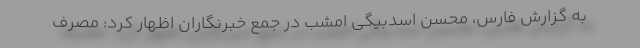
به گزارش فارس، محسن اسدبیگی امشب در جمع خبرنگاران اظهار کرد: مصرف